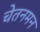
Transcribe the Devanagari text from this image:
चेतनमन